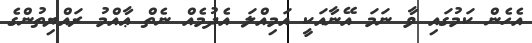
އެހެން ކަމުގައި ވާ ނަމަ އޭނާއަކީ އަމިއްލަ އެދުމެއް ނެތް ޢާއްމު ރައްޔިތުންގެ